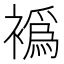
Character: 𬡮